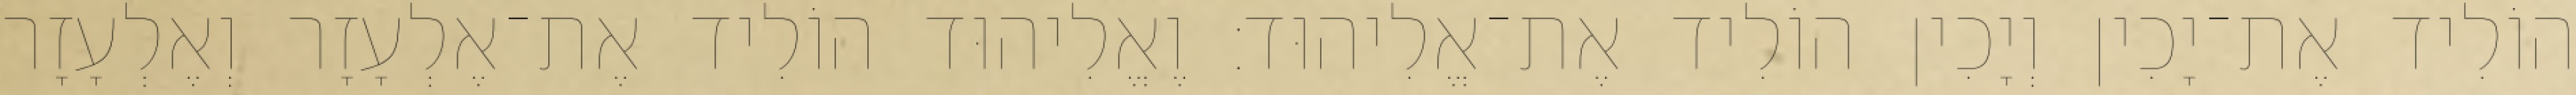
הוֹלִיד אֶת־יָכִין וְיָכִין הוֹלִיד אֶת־אֱלִיהוּד׃ וֶאֱלִיהוּד הוֹלִיד אֶת־אֶלְעָזָר וְאֶלְעָזָר